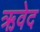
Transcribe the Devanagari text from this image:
ऋवेद